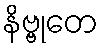
နိဗ္ဗုတေ